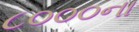
૮૦૦૦ના